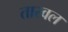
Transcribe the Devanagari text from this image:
तारवल